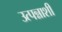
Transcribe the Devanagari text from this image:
उत्पन्नाशी